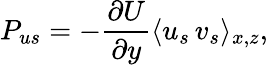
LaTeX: P_{us}=-\frac{\partial U}{\partial y}\langle u_{s}\, v_{s}\rangle_{x,z},